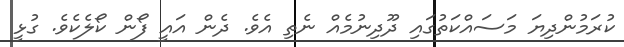
ކުރަމުންދިޔަ މަސައްކަތުގައި ދޫދިނުމެއް ނެތި އެވެ. ދެން އައީ ފޯން ކޯލެކެވެ. ގުޅީ